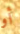
أو